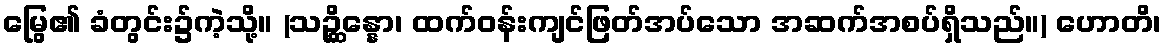
မြွေ၏ ခံတွင်း၌ကဲ့သို့။ (သဉ္ဆိန္နော၊ ထက်ဝန်းကျင်ဖြတ်အပ်သော အဆက်အစပ်ရှိသည်။) ဟောတိ၊